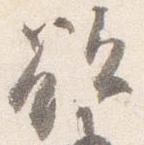
欲